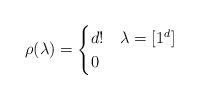
LaTeX: \begin{align*} \rho(\lambda) = \begin{cases} d! & \lambda = [1^d]\\ 0 & \end{cases}\end{align*}